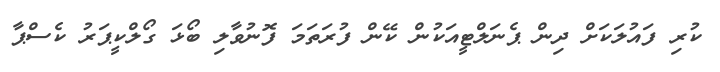
ކުރި ފައުލަކަށް ދިން ޕެނަލްޓީއަކުން ކޭން ފުރަތަމަ ފޮނުވާލި ބޯޅަ ގޯލްކީޕަރު ކެސްޕާ